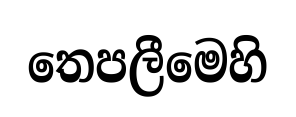
තෙපලීමෙහි